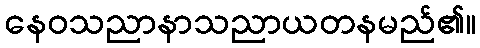
နေဝသညာနာသညာယတနမည်၏။